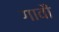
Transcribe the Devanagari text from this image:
गावौं